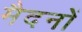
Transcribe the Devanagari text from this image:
मैदनों